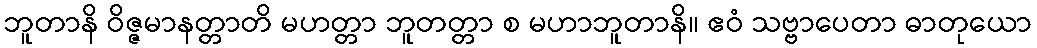
ဘူတာနိ ဝိဇ္ဇမာနတ္တာတိ မဟတ္တာ ဘူတတ္တာ စ မဟာဘူတာနိ။ ဧဝံ သဗ္ဗာပေတာ ဓာတုယော